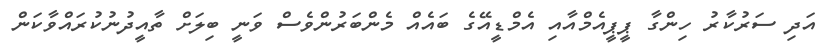
އަދި ސަރުކާރު ހިންގާ ޕީޕީއެމްއާއި އެމްޑީއޭގެ ބައެއް މެންބަރުންވެސް ވަނީ ބިލަށް ތާއީދުނުކުރައްވާކަން